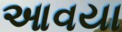
આવયા